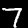
Label: 7